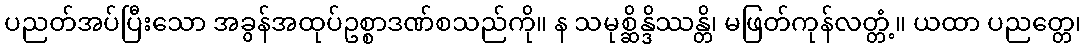
ပညတ်အပ်ပြီးသော အခွန်အထုပ်ဥစ္စာဒဏ်စသည်ကို။ န သမုစ္ဆိန္ဒိဿန္တိ၊ မဖြတ်ကုန်လတ္တံ့။ ယထာ ပညတ္တေ၊